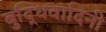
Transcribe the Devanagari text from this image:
बुद्धिवादिनी